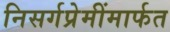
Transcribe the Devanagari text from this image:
निसर्गप्रेमींमार्फत